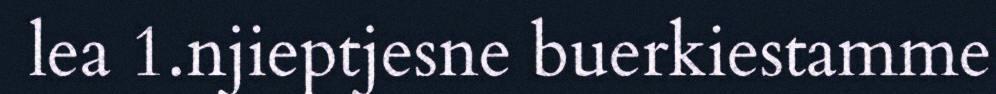
lea 1.njieptjesne buerkiestamme